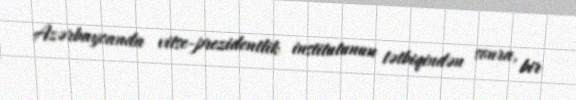
Azərbaycanda vitse-prezidentlik institutunun tətbiqindən sonra, bir